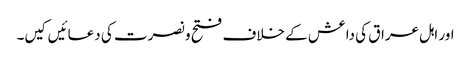
اور اہل عراق کی داعش کے خلاف فتح و نصرت کی دعائیں کیں۔